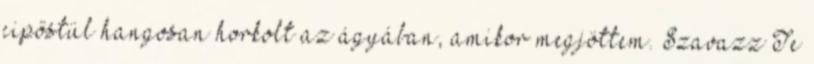
cipőstül hangosan horkolt az ágyában, amikor megjöttem. Szavazz Te